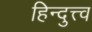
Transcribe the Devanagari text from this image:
हिन्दुत्त्व